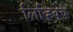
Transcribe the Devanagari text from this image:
लिव्हिवचे